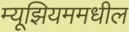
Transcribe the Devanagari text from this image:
म्यूझियममधील